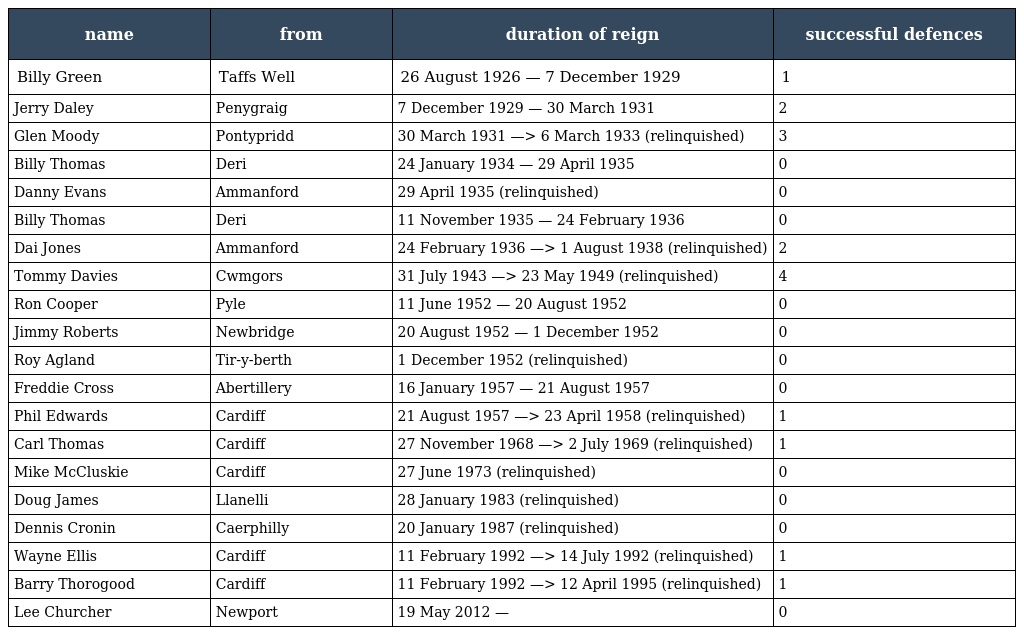
| name | from | duration of reign | successful defences |
 | --- | --- | --- | --- |
 | Billy Green | Taffs Well | 26 August 1926 — 7 December 1929 | 1 |
 | Jerry Daley | Penygraig | 7 December 1929 — 30 March 1931 | 2 |
 | Glen Moody | Pontypridd | 30 March 1931 —> 6 March 1933 (relinquished) | 3 |
 | Billy Thomas | Deri | 24 January 1934 — 29 April 1935 | 0 |
 | Danny Evans | Ammanford | 29 April 1935 (relinquished) | 0 |
 | Billy Thomas | Deri | 11 November 1935 — 24 February 1936 | 0 |
 | Dai Jones | Ammanford | 24 February 1936 —> 1 August 1938 (relinquished) | 2 |
 | Tommy Davies | Cwmgors | 31 July 1943 —> 23 May 1949 (relinquished) | 4 |
 | Ron Cooper | Pyle | 11 June 1952 — 20 August 1952 | 0 |
 | Jimmy Roberts | Newbridge | 20 August 1952 — 1 December 1952 | 0 |
 | Roy Agland | Tir-y-berth | 1 December 1952 (relinquished) | 0 |
 | Freddie Cross | Abertillery | 16 January 1957 — 21 August 1957 | 0 |
 | Phil Edwards | Cardiff | 21 August 1957 —> 23 April 1958 (relinquished) | 1 |
 | Carl Thomas | Cardiff | 27 November 1968 —> 2 July 1969 (relinquished) | 1 |
 | Mike McCluskie | Cardiff | 27 June 1973 (relinquished) | 0 |
 | Doug James | Llanelli | 28 January 1983 (relinquished) | 0 |
 | Dennis Cronin | Caerphilly | 20 January 1987 (relinquished) | 0 |
 | Wayne Ellis | Cardiff | 11 February 1992 —> 14 July 1992 (relinquished) | 1 |
 | Barry Thorogood | Cardiff | 11 February 1992 —> 12 April 1995 (relinquished) | 1 |
 | Lee Churcher | Newport | 19 May 2012 — | 0 |